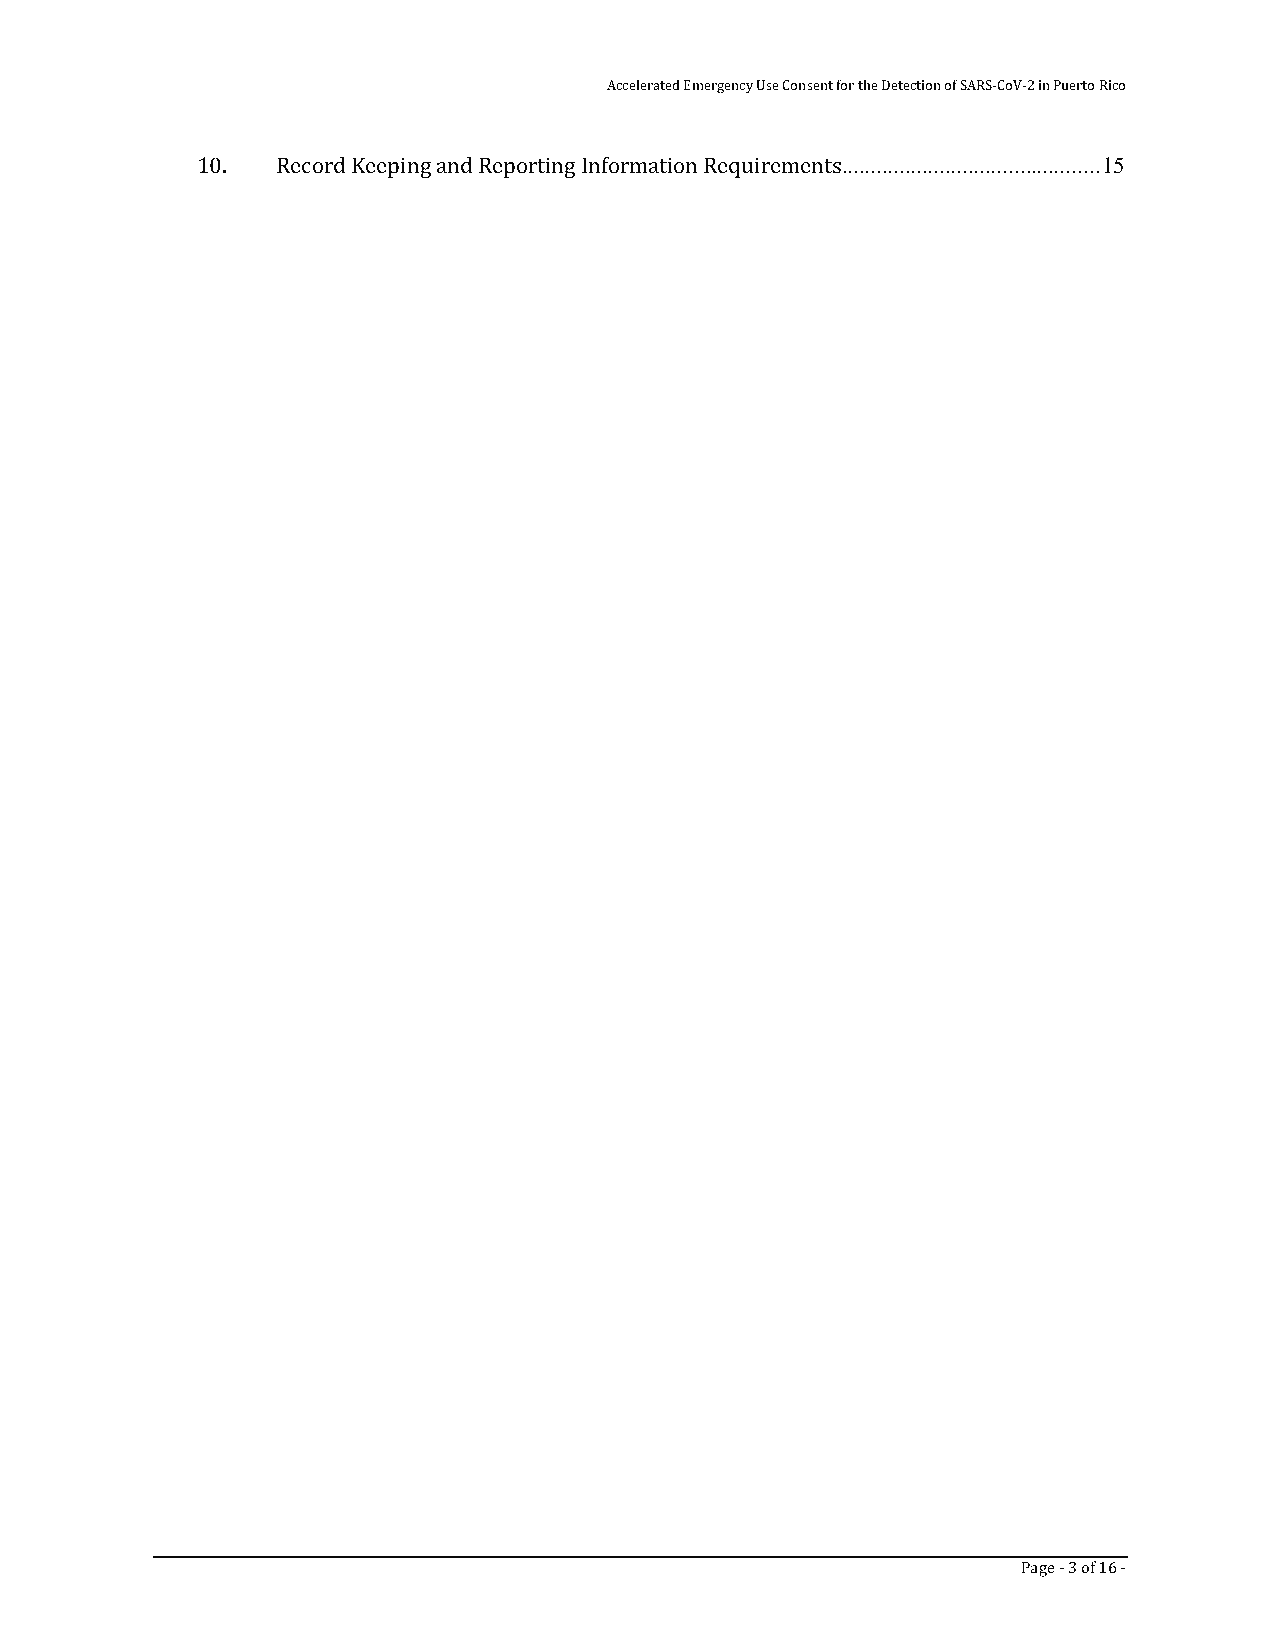
Accelerated Emergency Use Consent for the Detection of SARS-CoV-2 in Puerto Rico
 10.  Record Keeping and Reporting Information Requirements ............................................. 15
 Page - 3 of 16 -